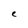
Character: e